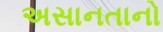
અસાનતાનો